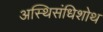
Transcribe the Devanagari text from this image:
अस्थिसंधिशोथ